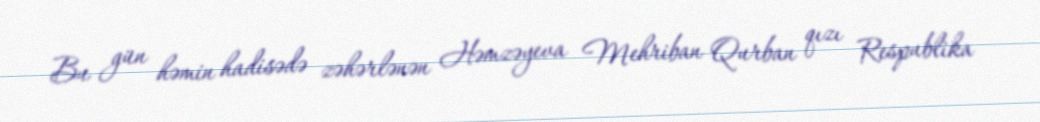
Bu gün həmin hadisədə zəhərlənən Həmzəyeva Mehriban Qurban qızı Respublika